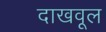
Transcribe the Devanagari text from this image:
दाखवूल